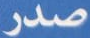
صدر